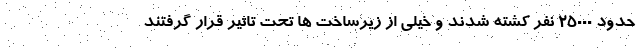
حدود ۲۵۰۰۰ نفر کشته شدند و خیلی از زیرساخت ها تحت تاثیر قرار گرفتند